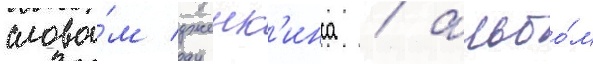
слова́м дженк'инса / альбо́м